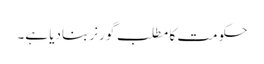
حکومت کا مطلب گورنر بنادیا ہے۔